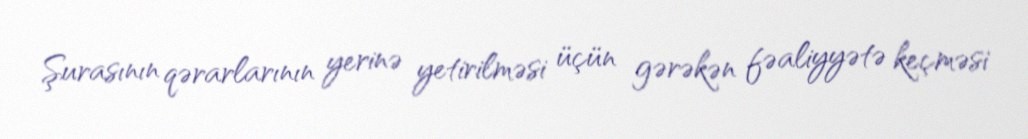
Şurasının qərarlarının yerinə yetirilməsi üçün gərəkən fəaliyyətə keçməsi